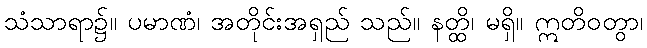
သံသာရာ၌။ ပမာဏံ၊ အတိုင်းအရှည် သည်။ နတ္ထိ၊ မရှိ။ ဣတိဝတွာ၊